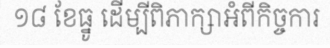
១៨ ខែធ្នូ ដើម្បីពិភាក្សាអំពីកិច្ចការ